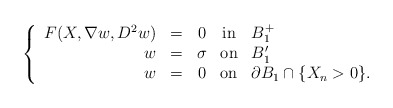
\begin{align*} \left\{\begin{array}{rcccl}F(X, \nabla w, D^2 w) & = & 0 & \mbox{in} & B^{+}_{1}\\ w & = & \sigma & \mbox{on} & B^{\prime}_1\\w & = & 0 & \mbox{on} & \partial B_{1} \cap \{X_n >0\}.\end{array}\right.\end{align*}